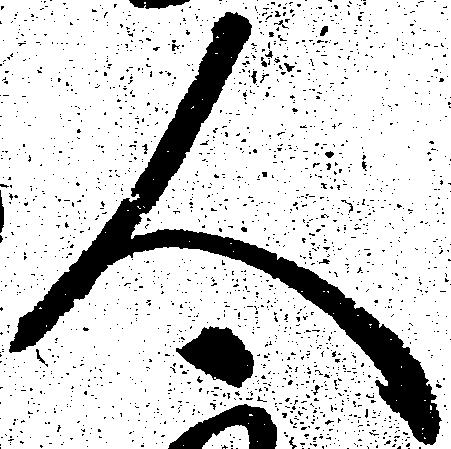
人